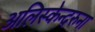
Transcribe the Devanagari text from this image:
अलिस्केन्दरुना